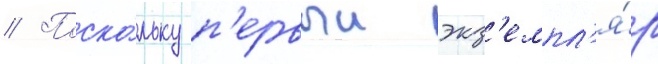
// Поско́льку п'ервыи экз'емпл'я́р